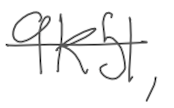
Text: 9K51,
Cross-out: single-line
Writing tool: digital_gray